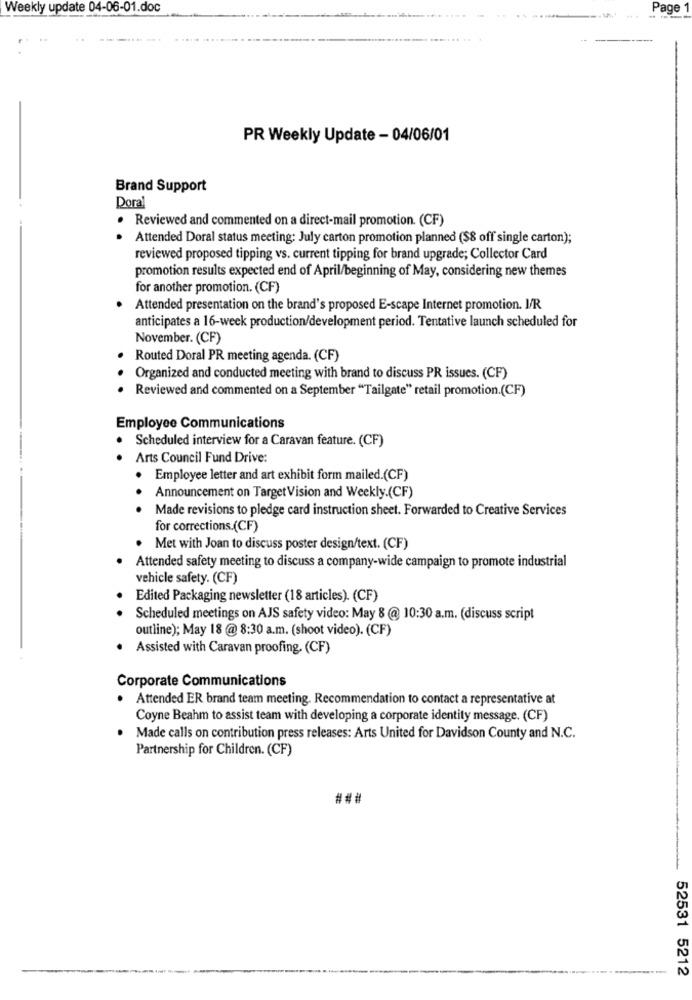
Weekly update 04-06-01.doc
Page
PR Weekly Update - 04/06/01
Brand Support
Doral
· Reviewed and commented on a direct-mail promotion. (CF)
Attended Doral status meeting: July carton promotion planned ($8 off single carton);
reviewed proposed tipping vs. current tipping for brand upgrade; Collector Card
promotion results expected end of April/beginning of May, considering new themes
for another promotion. (CF)
Attended presentation on the brand's proposed E-scape Internet promotion. I/R
anticipates a 16-week production/development period. Tentative launch scheduled for
November. (CF)
Routed Doral PR meeting agenda. (CF)
Organized and conducted meeting with brand to discuss PR issues. (CF)
Reviewed and commented on a September "Tailgate" retail promotion.(CF)
Employee Communications
Scheduled interview for a Caravan feature. (CF)
Arts Council Fund Drive:
Employee letter and art exhibit form mailed.(CF)
..
Announcement on TargetVision and Weekly.(CF)
Made revisions to pledge card instruction sheet. Forwarded to Creative Services
for corrections.(CF)
. Met with Joan to discuss poster design/text. (CF)
Attended safety meeting to discuss a company-wide campaign to promote industrial
vehicle safety. (CF)
Edited Packaging newsletter (18 articles). (CF)
Scheduled meetings on AJS safety video: May 8 @ 10:30 a.m. (discuss script
outline); May 18 @ 8:30 a.m. (shoot video). (CF)
Assisted with Caravan proofing. (CF)
Corporate Communications
Attended ER brand team meeting. Recommendation to contact a representative at
Coyne Beahm to assist team with developing a corporate identity message. (CF)
Made calls on contribution press releases: Arts United for Davidson County and N.C.
Partnership for Children. (CF)
###
52531 5212